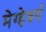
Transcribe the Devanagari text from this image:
मेग्डेबर्ग